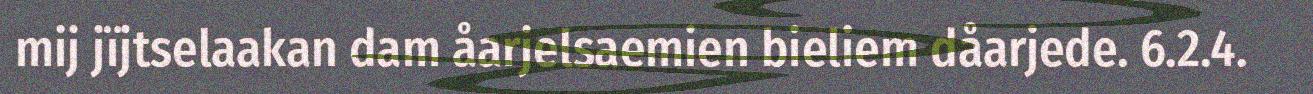
mij jïjtselaakan dam åarjelsaemien bieliem dåarjede. 6.2.4.